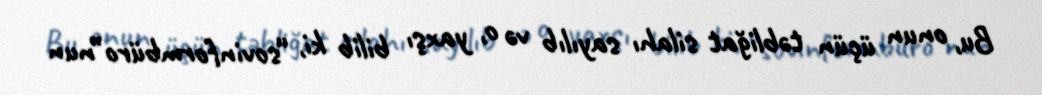
Bu, onun üçün təbliğat silahı sayılıb və o, yaxşı bilib ki, “sovinformbüro”nun